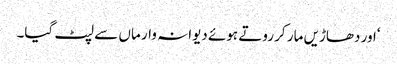
‘اور دھاڑیں مار کر روتے ہوئے دیوانہ وار ماں سے لپٹ گیا۔